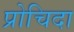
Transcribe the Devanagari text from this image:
प्रोचिदा